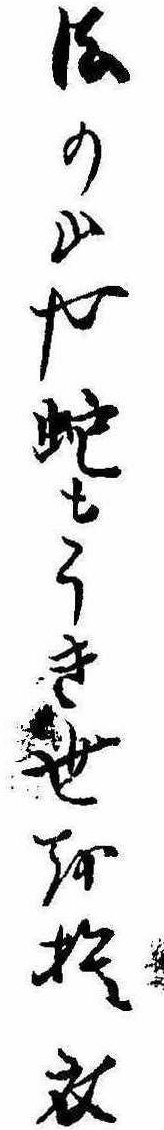
法の山や蛇もうき世を捨衣